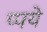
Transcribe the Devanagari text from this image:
प्पये